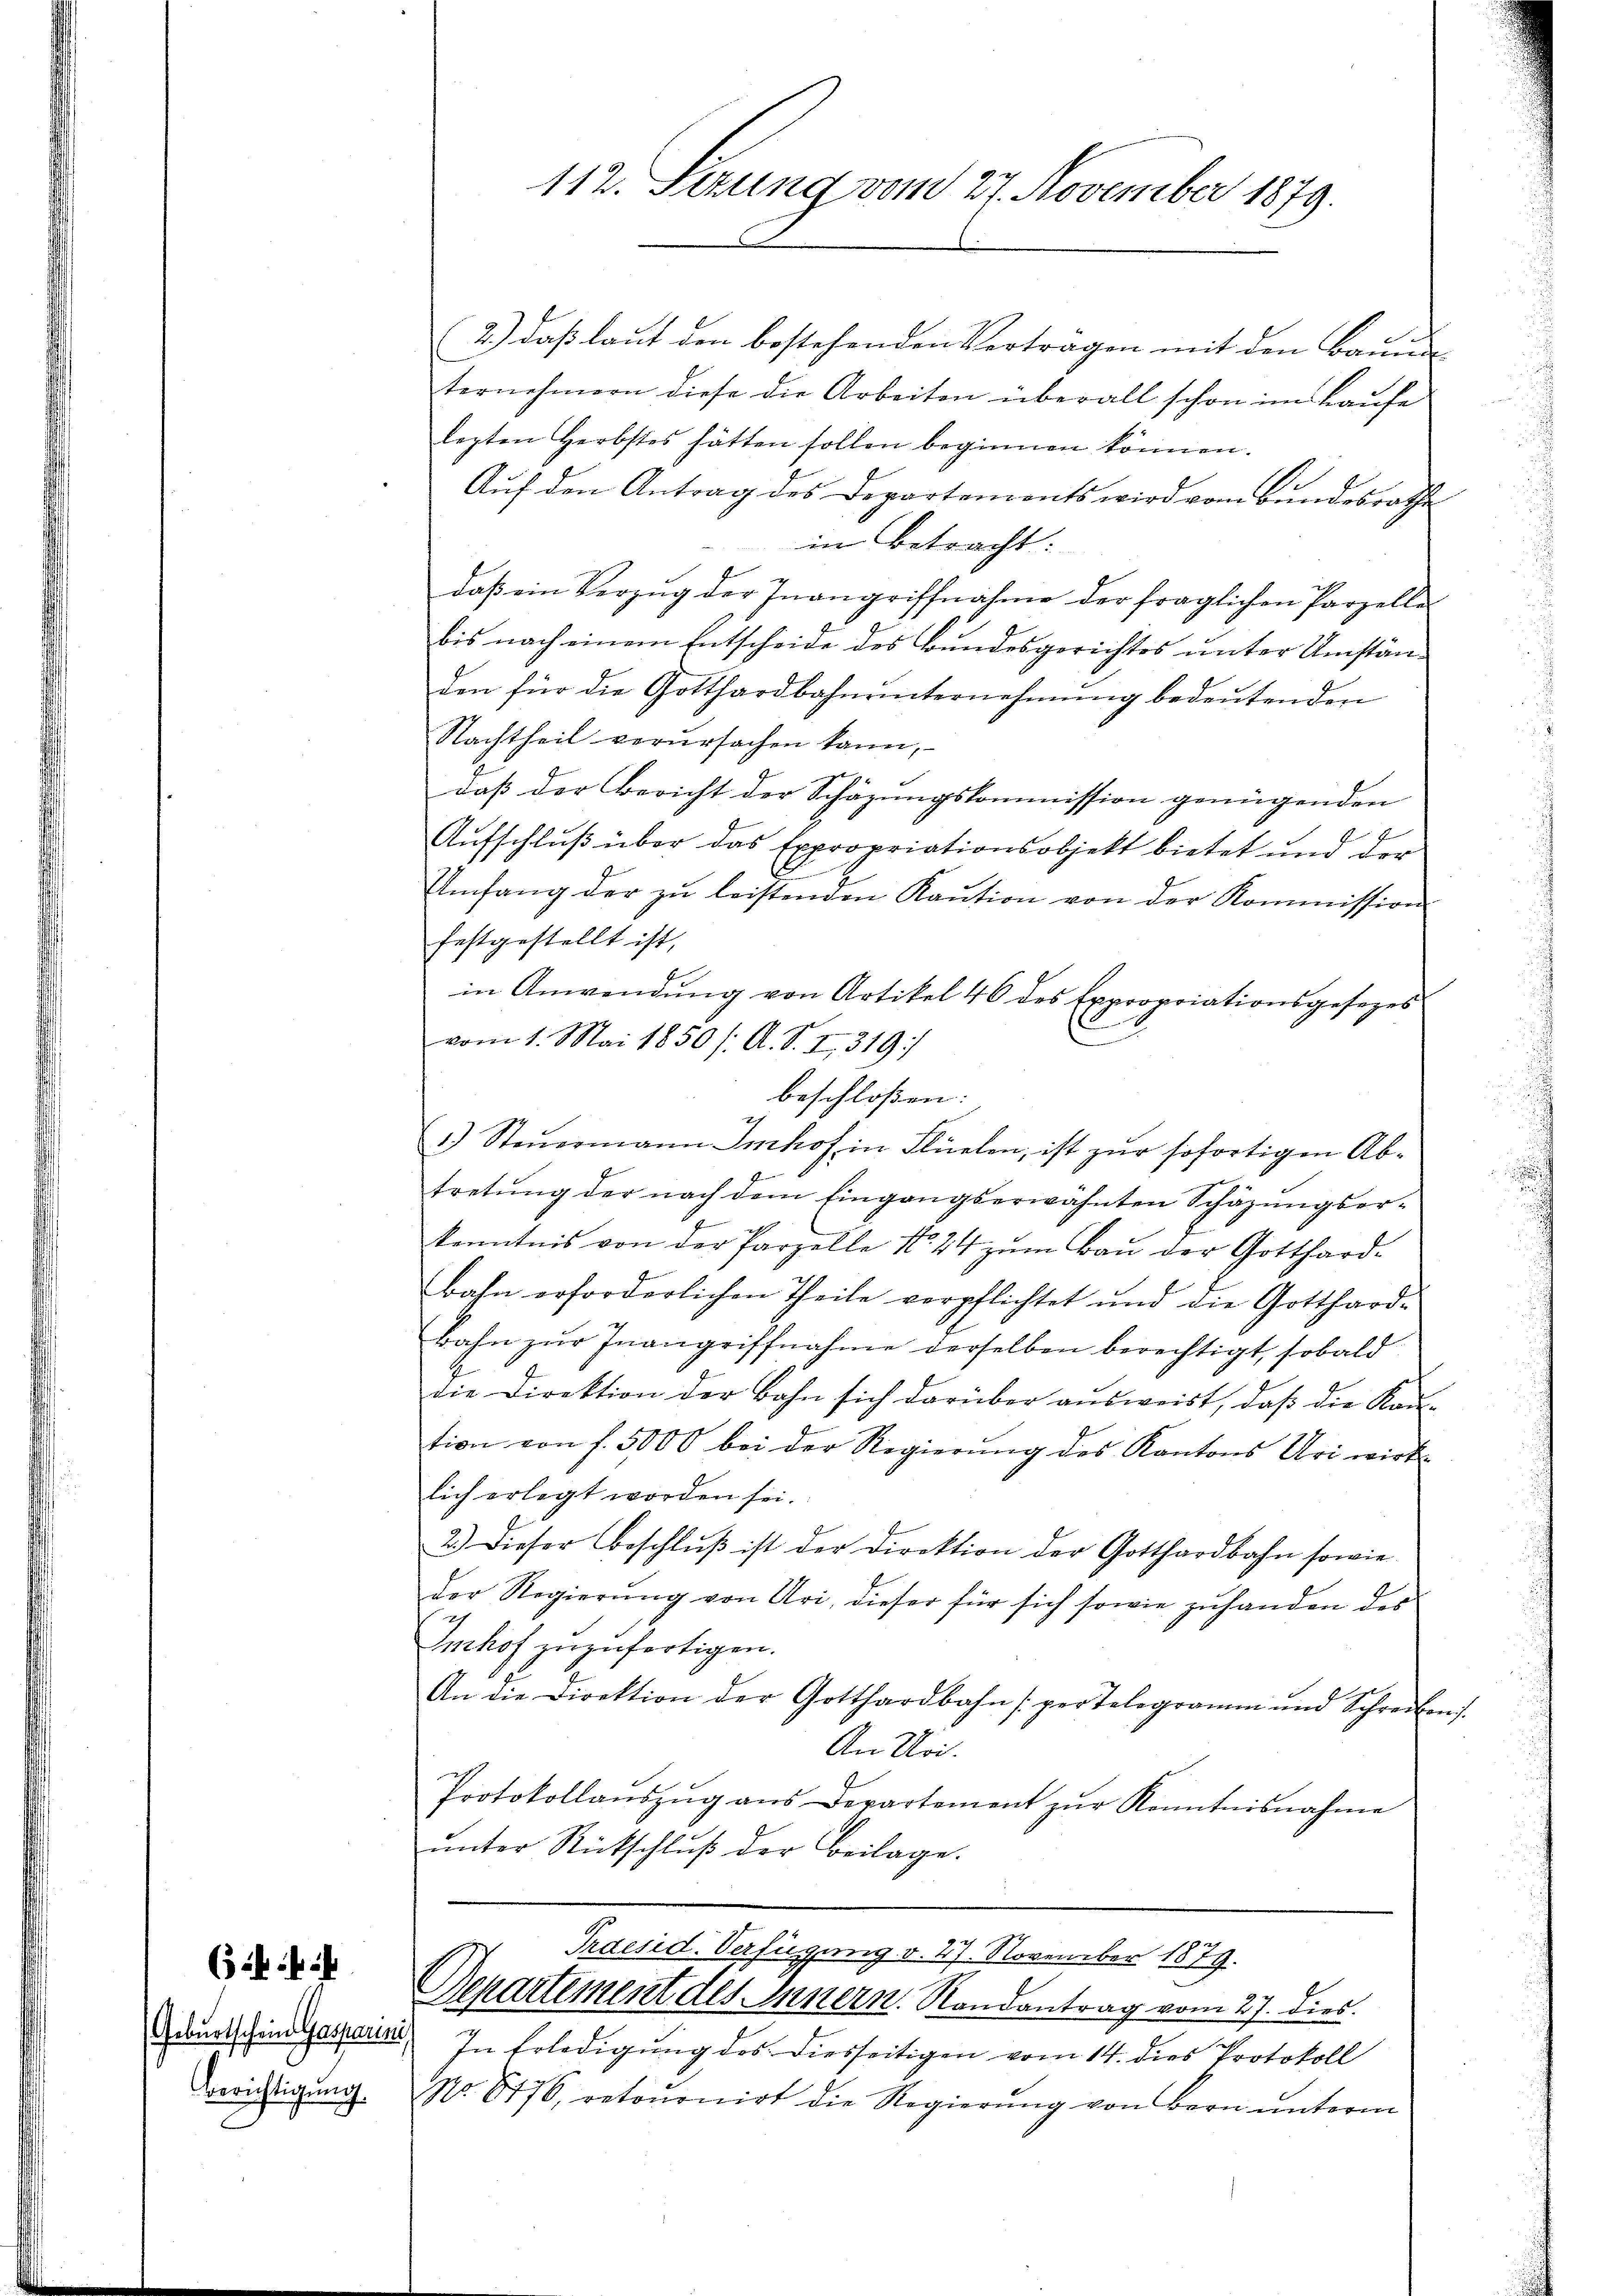
(3 in ih

Geburtschein Gasparini,
Berichtigung

112. Sezung vom 27. November 1879.

.
(2.) daß laut den bestehenden Vertragen mit den Banne
ternehmern diese die Arbeiten überall schon im Laŭfe
legten Herbstes hätten sollen beginnen können.
Auf den Antrag des Departemonts wird vom Bundesrathe
in Betracht:
daβ ein Verzug der Inangriffnahme der fraglichen Parzelle
bis nach einem Entscheide des Bundesgerichtes unter Umständen für die Gotthardbahnŭnternehmung bedeŭtenden
Nachtheil verursachen kann,
daß der Bericht der Schäzungskommission genügenden
Aufschluß über das Expropriationsobjekt bietet und der
Umfang der zŭ leistenden Kaŭtion von der Kommission
festgestellt ist,
in Anwendŭng von Artikel 46 des Expropriationsgesezes
vom 1. Mai 1850 /: A. S. II 319.
beschloßen:
1.) Steŭermann Imhof in Flüelen, ist zŭr sofortigen Ab-
tretŭng der nach dem Eingangserwähnten Schäzŭngser-
kenntnis von der Parzelle No 24 zŭm Baŭ der Gotthard-
bahn erforderlichen Theile verpflichtet und die Gotthard-
bahn zur Inangriffnahme derselben berechtigt, sobald
die Direktion der Bahn sich darüber aŭsweist, daβ die Kan-
tion von f. 5000 bei der Regierŭng des Kantons Uri wirk-
lich erlegt worden sei.
2.) Dieser Beschlŭβ ist der Direktion der Gotthardbahn sowie
der Regierŭng von Uri, dieser für sich sowie zuhanden des
Imhof zuzufertigen.
An die Direktion der Gotthardbahn per Telegramm und Schreiben.
An Uri.
Protokollanszŭg ans Departement zŭr Kenntnisnahme
ŭnter Rückschlŭβ der Beilage.

Praesid. Verfügung v. 27. November 1879.
Separtement des Innern. Randantrag vom 27. dies

In Erledigung des Diesseitigen vom 14. dies Protokoll
NNo. 8176, retoŭrnirt die Regierŭng von Bern ŭnterm